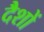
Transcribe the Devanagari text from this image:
दैशों